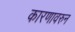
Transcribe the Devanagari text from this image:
कारणावरुन